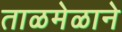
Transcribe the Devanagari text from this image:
ताळमेळाने